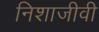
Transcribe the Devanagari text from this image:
निशाजीवी